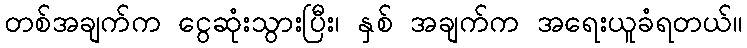
တစ်အချက်က ငွေဆုံးသွားပြီး၊ နှစ် အချက်က အရေးယူခံရတယ်။